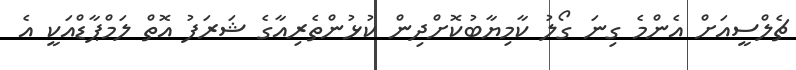
ޗެލްސީއަށް އެންމެ ގިނަ ގޯލު ކާމިޔާބުކޮށްދިން ކުޅުންތެރިއާގެ ޝަރަފު އޮތް ލަމްޕާޑްއަކީ އެ